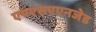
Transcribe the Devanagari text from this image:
एपएसएएनजेड